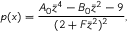
p ( x ) = \frac { A _ { 0 } \Bar { z } ^ { 4 } - B _ { 0 } \Bar { z } ^ { 2 } - 9 } { ( 2 + F \Bar { z } ^ { 2 } ) ^ { 2 } } ,